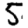
Digit: 5